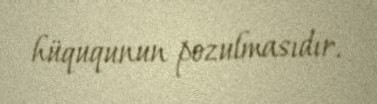
hüququnun pozulmasıdır.